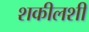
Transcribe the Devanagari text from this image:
शकीलशी